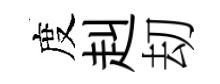
度赳刧